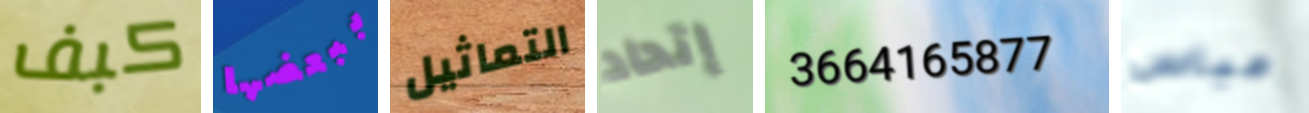
كبف ببعضها التماثيل إتحاد 3664165877 عباس